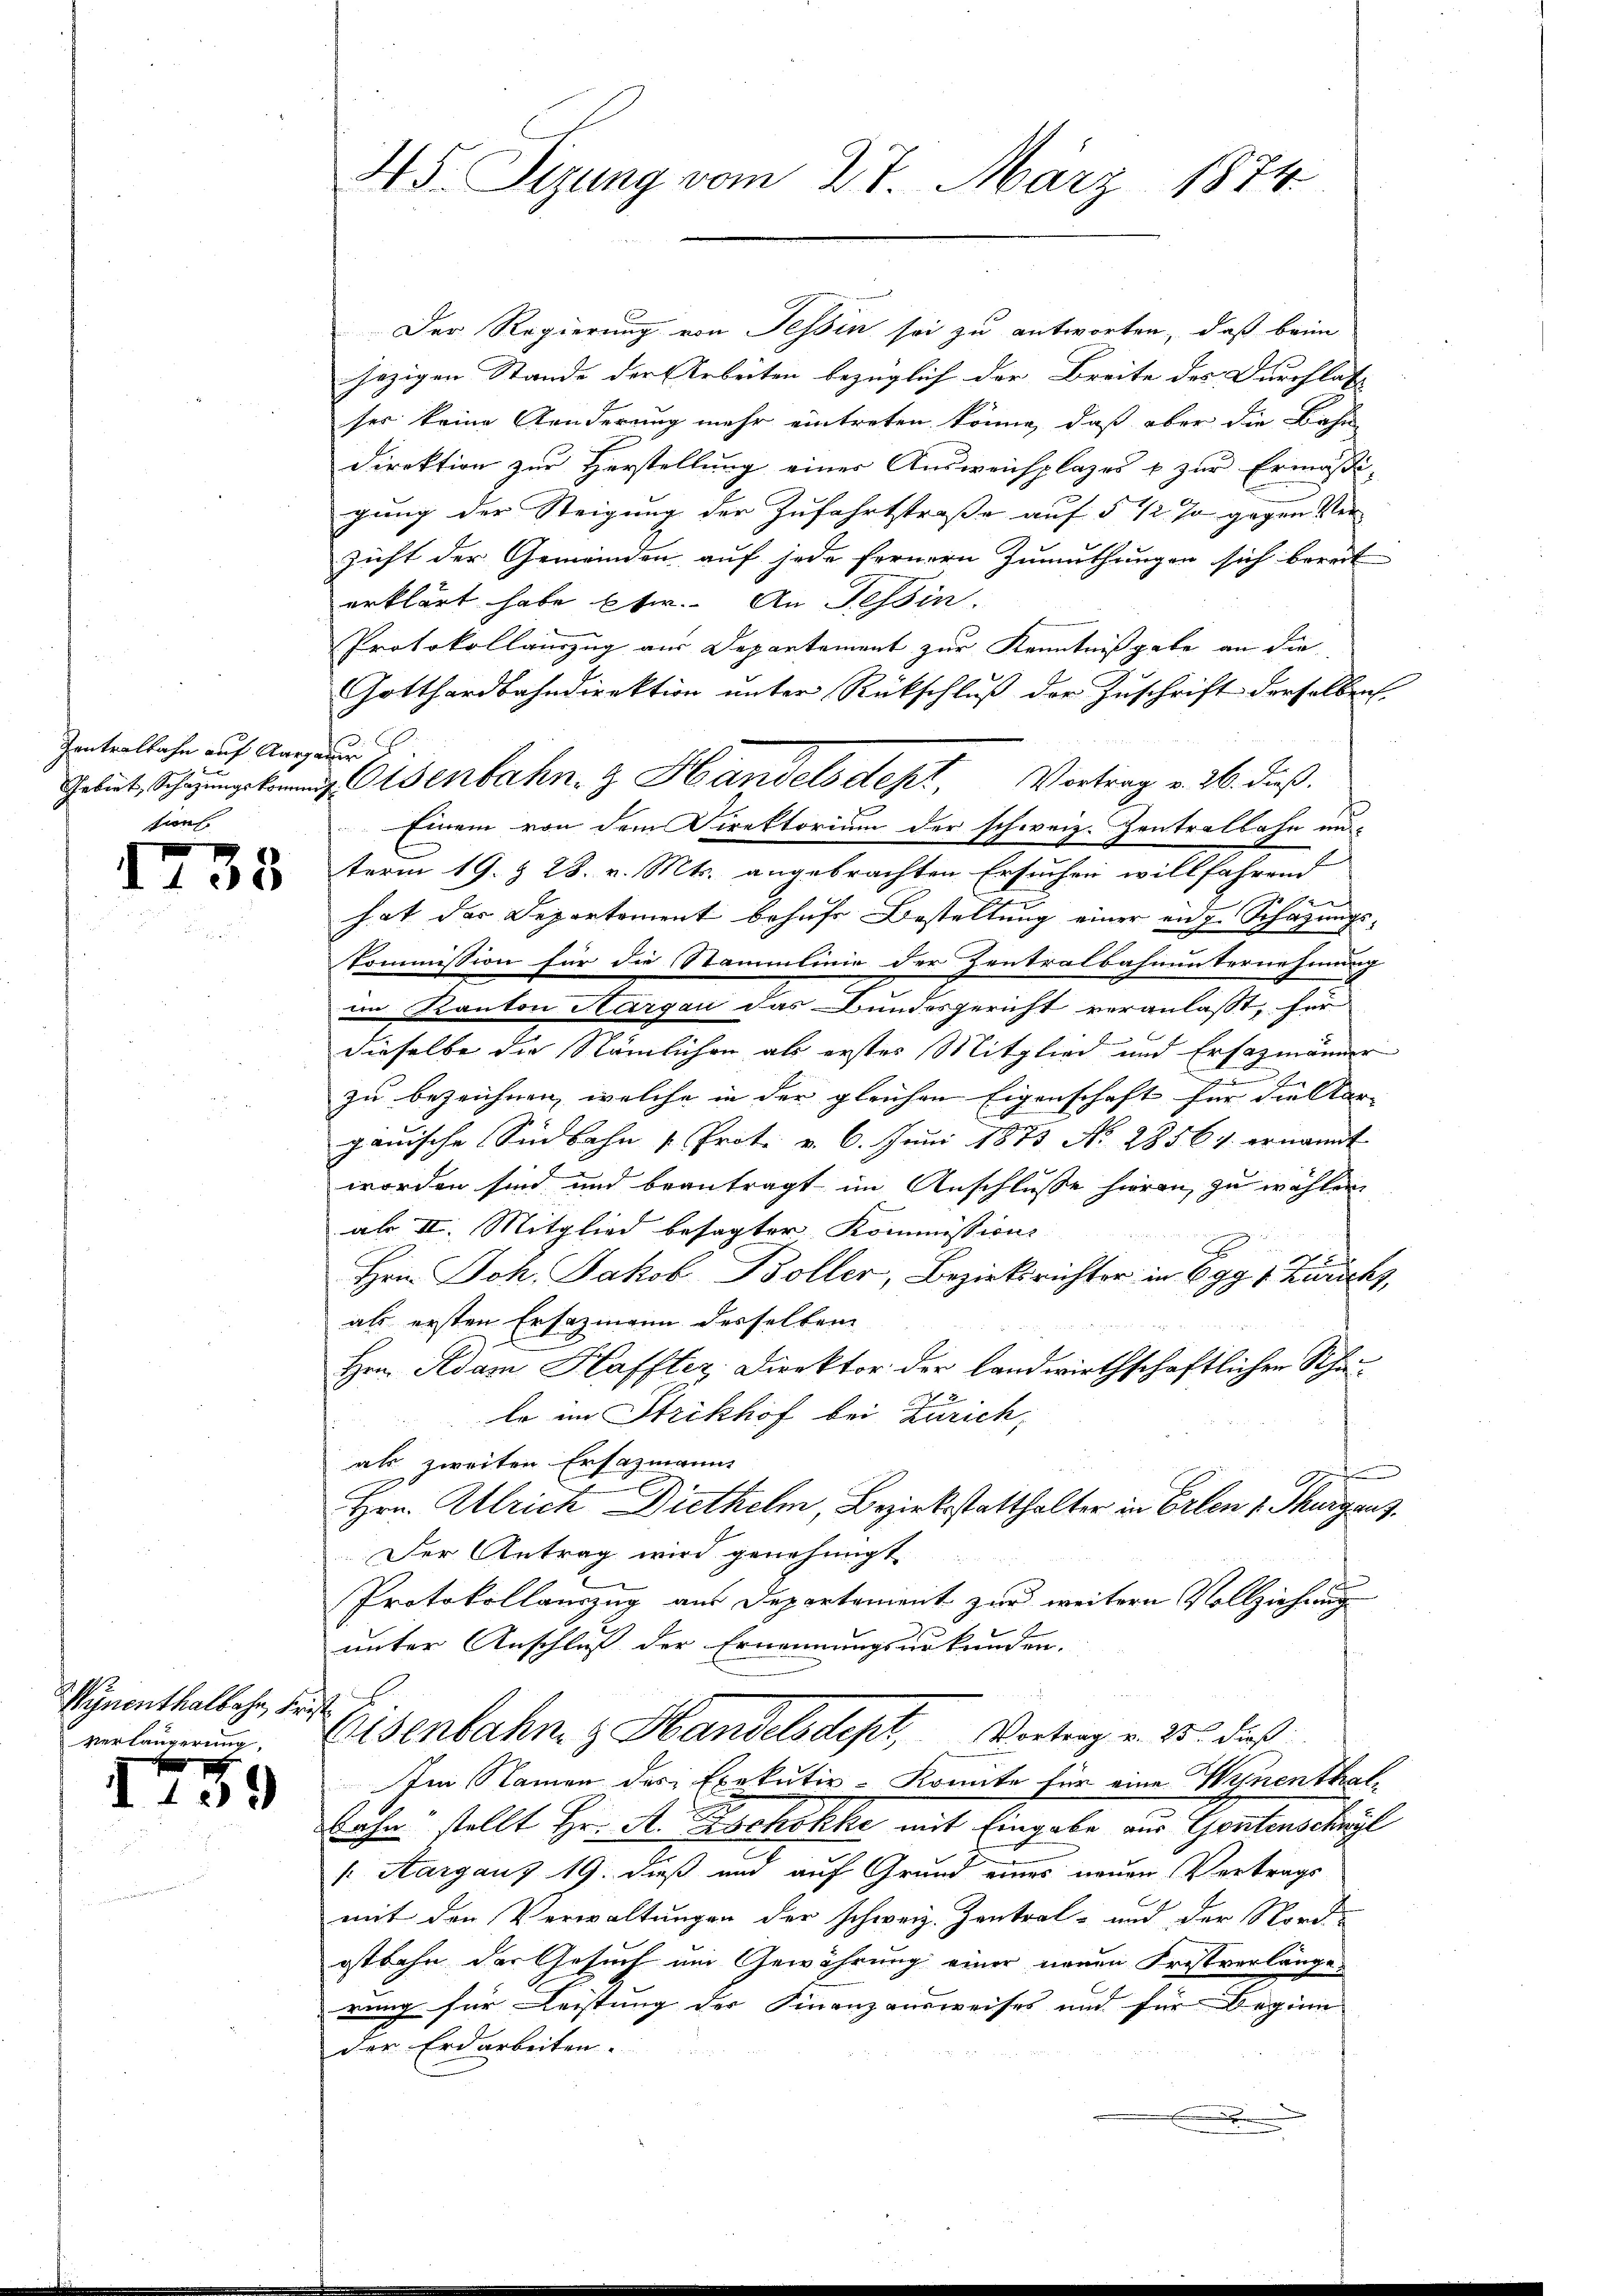
Zentralbahn auf Aargauer.
sion

1738

Wynenthalbahn, Frist
Verlängerung.

59

I

.

45. Sizung vom 27. März 1874.

Der Regierung von Tessin sei zu antworten, daß beim
jezigen Stande der Arbeiten bezüglich der Breite des Durchlat
ses keine Aenderung mehr eintreten könne, daß aber die Bahn
Direktion zur Herstellung einer Ausweichplazes & zur Ermäßi-
gung der Steigung der Zufahrtstraße auf 5 1/2 % gegen Ver-
zicht der Gemeinden auf jede fernern Zumuthungen sich bereit
erklärt habe ster. An Tessin.
Protokollauszug aus Departement zur Kenntnißgabe an die
Gotthardbahndirektion unter Rückschluß der Zuschrift derselben
tenbahn. Handelsdept, Vortrag v. 26. dieß.
Einem von dem Direktorium der schweiz. Zentralbahn un-
term 19. & 28. v. Mts. angebrachten Ersuchen willfahrend
hat das Departement behufe Bestellung einer an J. Schazungskommission für die Stammlinie der Zentralbahnunternehmung
im Kanton Aargau das Bundesgericht veranlasst, für
dieselbe die Nämlichen als erstes Mitglied und Ersatzmänner
zu bezeichnen, welche in der gleichen Eigenschaft für die star- |
ganische Sinbahn Prot. v. 6. Juni 1873 No 28561 ernannt
worden sind und beantragt im Anschluße hieran zu wählen
al II. Mitglied besagter Kommissions
Hrn. Joh. Jakob Böller, Bezirksrichter in Egg 1 Zürichs,
als ersten Ersazmann desselben
Hrn. Adam Haffter Direktor der landwirthschaftlichen Schale im Strikhof bei Zürich,
als zweiten Ersazmanns
Hrn. Ulrich Diethelm, Bezirkstatthalter in Erlen v. Thurgau.
Der Antrag wird genehmigt
Protokollauszug aus Departement zur weitern Vollziehung
unter Anschluß der Ernennungsurkunden.
Eisenbahng Handelsdept, Vortrag v. 25. dieß
Im Namen des Exekutiv-Konnte für eine Wynenthal¬
Sohn stellt Hr. A. Zschokke mit Eingabe aus Gontenschreyl
". Aargaus 19. dieß und auf Grund eines neuen Vertrags
mit den Verwaltungen der schweiz. Zentral- und der Nord-
ostbahn der Gesuch um Gewährung einer neuen Fristverlängerung für Leistung der Finanzausweises und für Beginn
der Erdarbeiten.